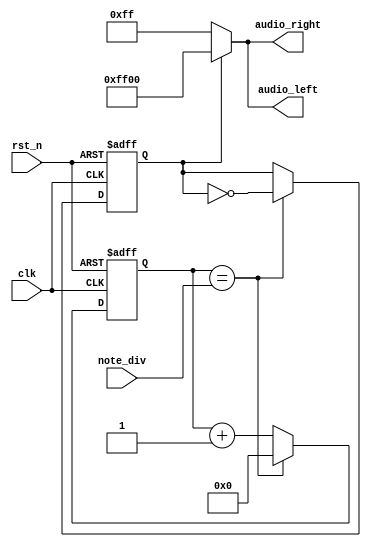
module buzzer(clk, rst_n, note_div, audio_left, audio_right);
    input clk; 
    input rst_n; 
    input [21:0]note_div; 
    output reg [15:0]audio_left; 
    output reg [15:0]audio_right; 

    reg [21:0]clk_cnt_next;
    reg [21:0]clk_cnt;
    reg b_clk, b_clk_next;
    
    always @*
         if (clk_cnt == note_div) begin
            clk_cnt_next = 22'd0;
            b_clk_next = ~b_clk;
        end
        else begin
            clk_cnt_next = clk_cnt + 1'b1;
            b_clk_next = b_clk;
        end
        
        always @(posedge clk or negedge rst_n)
            if (~rst_n) begin
                clk_cnt <= 22'd0;
                b_clk <= 1'b0;
            end
            else begin
                clk_cnt <= clk_cnt_next;
                b_clk <= b_clk_next;
            end
       
    always@*
        if (b_clk == 0) begin
            audio_left = 16'h00FF;
            audio_right = 16'h00FF;
        end
        else begin
            audio_left = 16'hFF00;
            audio_right = 16'hFF00;
        end
    
endmodule